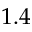
1 . 4